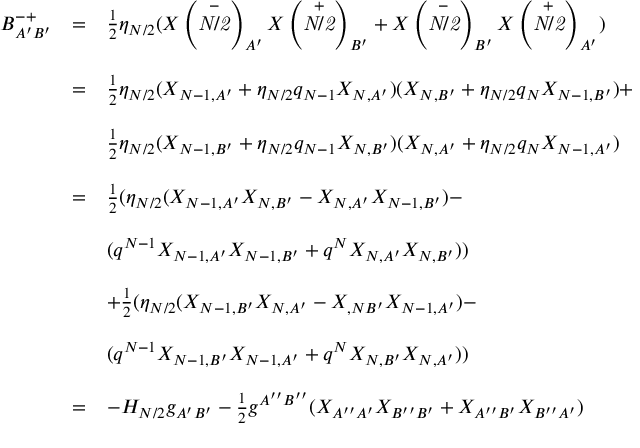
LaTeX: \begin{array} { l c l } { { B _ { A ^ { \prime } B ^ { \prime } } ^ { - + } } } & { { = } } & { { \frac { 1 } { 2 } \eta _ { N / 2 } ( X \left( \stackrel { - } { \mathrm { \scriptsize \it { N / 2 } } } \right) _ { A ^ { \prime } } X \left( \stackrel { + } { \mathrm { \scriptsize \it { N / 2 } } } \right) _ { B ^ { \prime } } + X \left( \stackrel { - } { \mathrm { \scriptsize \it { N / 2 } } } \right) _ { B ^ { \prime } } X \left( \stackrel { + } { \mathrm { \scriptsize \it { N / 2 } } } \right) _ { A ^ { \prime } } ) } } \\ { { } } & { { } } & { { } } \\ { { } } & { { = } } & { { \frac { 1 } { 2 } \eta _ { N / 2 } ( X _ { N - 1 , A ^ { \prime } } + \eta _ { N / 2 } q _ { N - 1 } X _ { N , A ^ { \prime } } ) ( X _ { N , B ^ { \prime } } + \eta _ { N / 2 } q _ { N } X _ { N - 1 , B ^ { \prime } } ) + } } \\ { { } } & { { } } & { { } } \\ { { } } & { { } } & { { \frac { 1 } { 2 } \eta _ { N / 2 } ( X _ { N - 1 , B ^ { \prime } } + \eta _ { N / 2 } q _ { N - 1 } X _ { N , B ^ { \prime } } ) ( X _ { N , A ^ { \prime } } + \eta _ { N / 2 } q _ { N } X _ { N - 1 , A ^ { \prime } } ) } } \\ { { } } & { { } } & { { } } \\ { { } } & { { = } } & { { \frac { 1 } { 2 } ( \eta _ { N / 2 } ( X _ { N - 1 , A ^ { \prime } } X _ { N , B ^ { \prime } } - X _ { N , A ^ { \prime } } X _ { N - 1 , B ^ { \prime } } ) - } } \\ { { } } & { { } } & { { } } \\ { { } } & { { } } & { { ( q ^ { N - 1 } X _ { N - 1 , A ^ { \prime } } X _ { N - 1 , B ^ { \prime } } + q ^ { N } X _ { N , A ^ { \prime } } X _ { N , B ^ { \prime } } ) ) } } \\ { { } } & { { } } & { { } } \\ { { } } & { { } } & { { + \frac { 1 } { 2 } ( \eta _ { N / 2 } ( X _ { N - 1 , B ^ { \prime } } X _ { N , A ^ { \prime } } - X _ { , N B ^ { \prime } } X _ { N - 1 , A ^ { \prime } } ) - } } \\ { { } } & { { } } & { { } } \\ { { } } & { { } } & { { ( q ^ { N - 1 } X _ { N - 1 , B ^ { \prime } } X _ { N - 1 , A ^ { \prime } } + q ^ { N } X _ { N , B ^ { \prime } } X _ { N , A ^ { \prime } } ) ) } } \\ { { } } & { { } } & { { } } \\ { { } } & { { = } } & { { - H _ { N / 2 } g _ { A ^ { \prime } B ^ { \prime } } - \frac { 1 } { 2 } g ^ { A ^ { \prime \prime } B ^ { \prime \prime } } ( X _ { A ^ { \prime \prime } A ^ { \prime } } X _ { B ^ { \prime \prime } B ^ { \prime } } + X _ { A ^ { \prime \prime } B ^ { \prime } } X _ { B ^ { \prime \prime } A ^ { \prime } } ) } } \end{array}